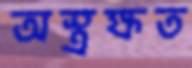
অস্ত্রক্ষত